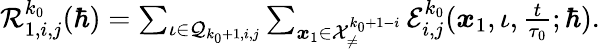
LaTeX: \begin{array}{r}{\mathcal{R}_{1,i,j}^{k_{0}}(\hbar)=\sum_{\iota\in\mathcal{Q}_{k_{0}+1,i,j}}\sum_{\boldsymbol{x}_{1}\in\mathcal{X}_{\neq}^{k_{0}+1-i}}\mathcal{E}_{i,j}^{k_{0}}(\boldsymbol{x}_{1},\iota,\frac{t}{\tau_{0}};\hbar).}\end{array}